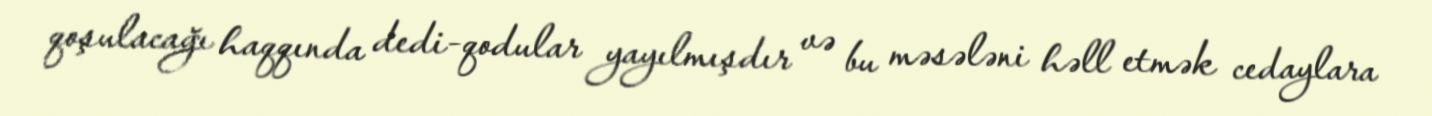
qoşulacağı haqqında dedi-qodular yayılmışdır və bu məsələni həll etmək cedaylara